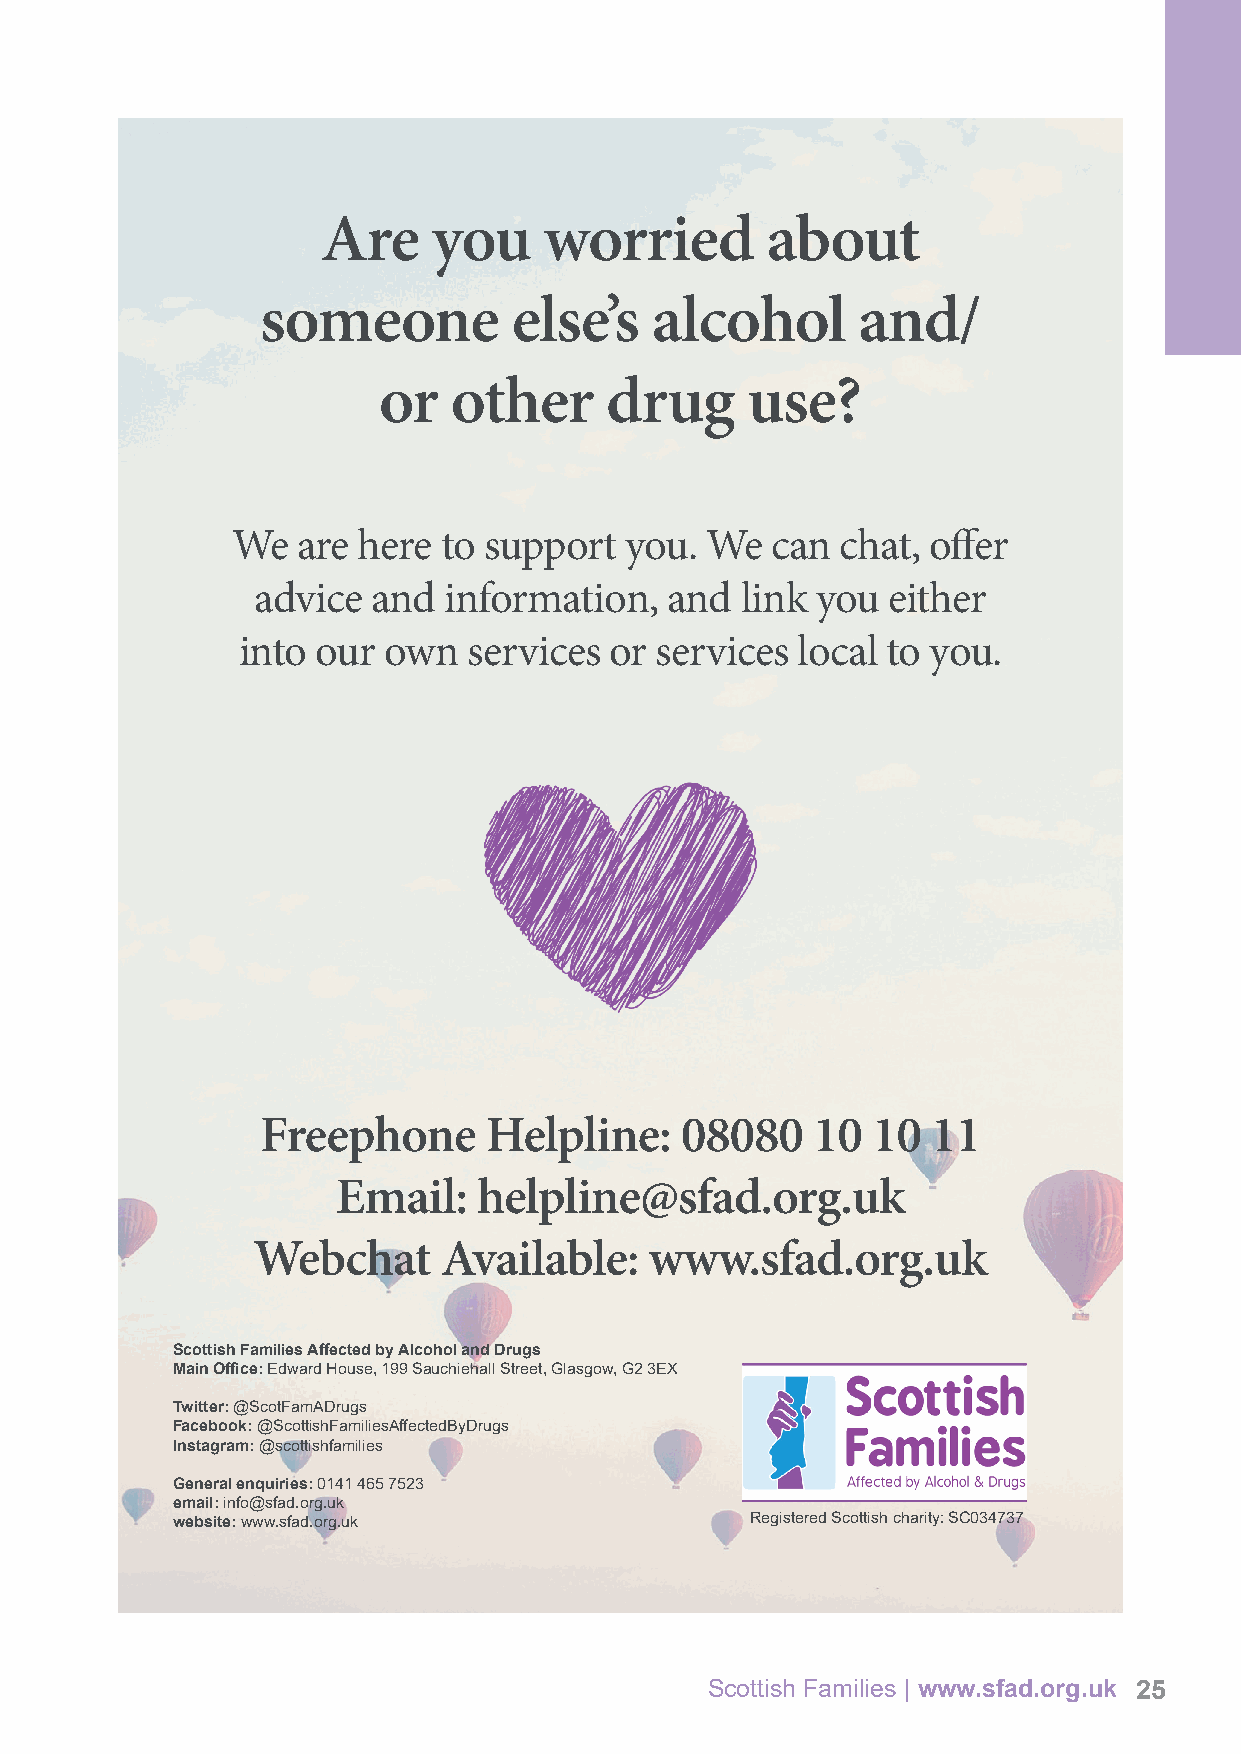
Are     you    worried        about
 someone          else’s   alcohol       and/
 or   other     drug     use?
 We   are here to support  you.  We  can  chat, offer
 advice  and information,   and  link you  either
 into our own   services or services  local to you.
 Freephone      Helpline:    08080    10  10  11
 Email:    helpline@sfad.org.uk
 Webchat     Available:    www.sfad.org.uk
 Scottish Families Affected by Alcohol and Drugs
 Main Office: Edward House, 199 Sauchiehall Street, Glasgow, G2 3EX
 Twitter: @ScotFamADrugs
 Facebook: @ScottishFamiliesAffectedByDrugs
 Instagram: @scottishfamilies
 General enquiries: 0141 465 7523
 email: info@sfad.org.uk
 website: www.sfad.org.uk               Registered Scottish charity: SC034737
 Scottish Families | www.sfad.org.uk 25